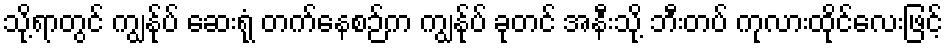
သို့ရာတွင် ကျွန်ုပ် ဆေးရုံ တက်နေစဉ်က ကျွန်ုပ် ခုတင် အနီးသို့ ဘီးတပ် ကုလားထိုင်လေးဖြင့်